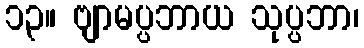
၁၃။ ဗျာမပ္ပဘာယ သုပ္ပဘာ၊